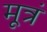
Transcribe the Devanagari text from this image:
मूत्रं